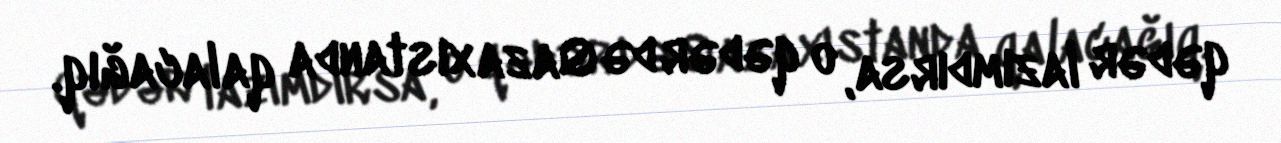
qədər lazımdırsa, o qədər də Qazaxıstanda qalacağıq.